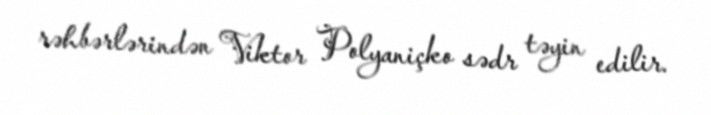
rəhbərlərindən Viktor Polyaniçko sədr təyin edilir.